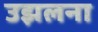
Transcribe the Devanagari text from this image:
उझलना